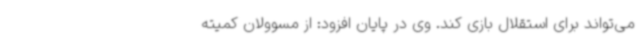
می‌تواند برای استقلال بازی کند. وی در پایان افزود: از مسوولان کمیته